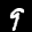
Label: 9